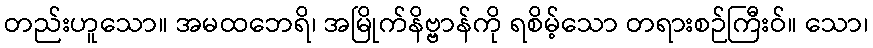
တည်းဟူသော။ အမထဘေရိ၊ အမြိုက်နိဗ္ဗာန်ကို ရစိမ့်သော တရားစဉ်ကြီးဝ်။ သော၊